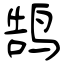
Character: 鹄